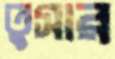
তুসার